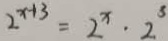
2 ^ { x + 3 } = 2 ^ { x } \cdot 2 ^ { 3 }